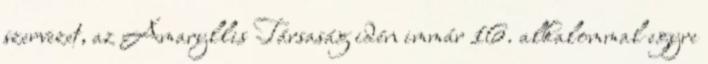
szervezet, az Amaryllis Társaság idén immár 16. alkalommal egyre